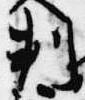
判